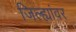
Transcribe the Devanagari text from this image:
जिल्ह्यांवर